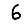
Digit: 6